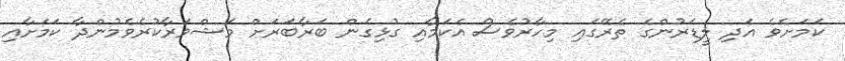
ކަމަށެވެ އަދި ލީޑަރުންގެ ތެރޭގައި މިހާރުވެސް އެކަމާއި ގުޅިގެން ބަރާބަރަށް މަޝްވަރާކުރެވެމުންދާ ކަމަށާއި